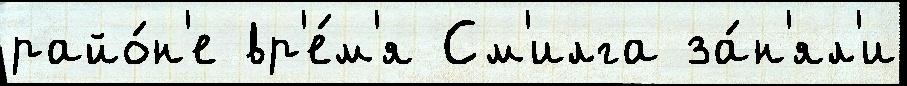
райо́н'е вр'е́м'я См'илга за́н'ял'и